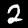
Label: 2